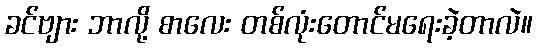
ခင်ဗျား ဘာလို့ စာလေး တစ်လုံးတောင်မရေးခဲ့တာလဲ။